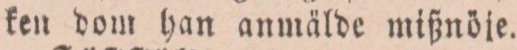
ken dom han anmälde mißnöje.